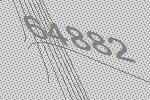
64882